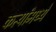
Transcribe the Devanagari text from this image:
कर्त्यांमध्ये